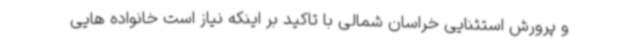
و پرورش استثنایی خراسان شمالی با تاکید بر اینکه نیاز است خانواده هایی